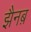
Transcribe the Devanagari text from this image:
झैनब़